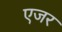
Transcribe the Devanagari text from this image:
एजर